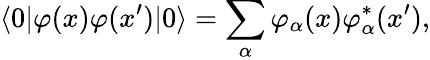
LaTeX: \langle 0|\varphi(x)\varphi(x^{\prime})|0\rangle=\sum_{\alpha}\varphi_{\alpha}(x)\varphi_{\alpha}^{\ast}(x^{\prime}),